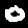
Digit: 0